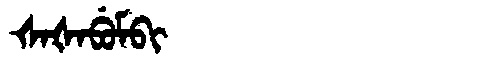
Manchu: ᡧᠠᡧᠠᠪᡠᠮᠪᡳ
Romanization: ŠAŠABUMBI